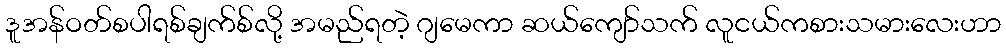
ဒူအန်ဝတ်စပါရစ်ချက်စ်လို့ အမည်ရတဲ့ ဂျမေကာ ဆယ်ကျော်သက် လူငယ်ကစားသမားလေးဟာ